Medical and sanitary report of the native army of Bengal for the year
Year: 1875
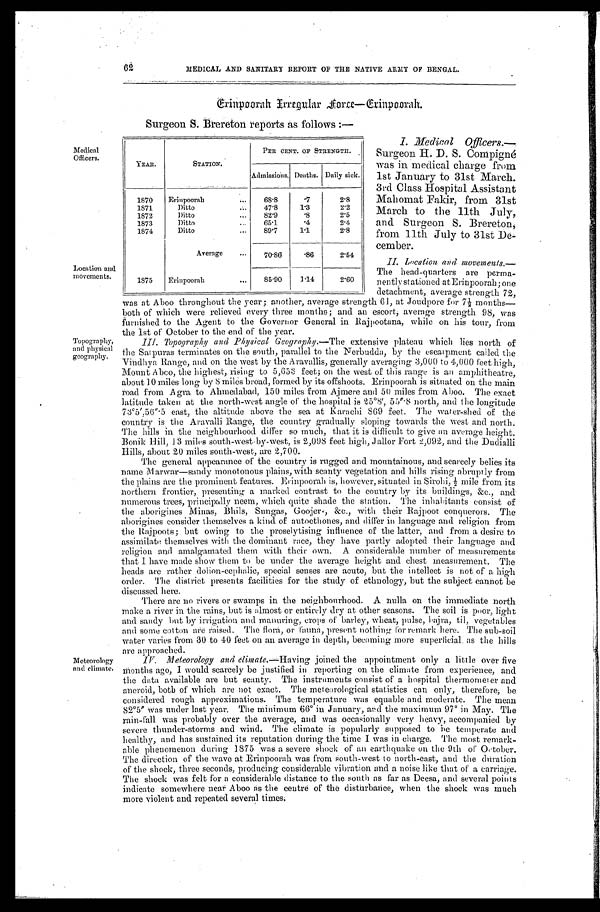
MEDICAL AND SANITARY REPORT OF THE NATIVE ARMY OF BENGAL.
Grinpoorah Irregular Force—Gri npoorah.
Surgeon S. Brereton reports as follows:—
Medical
Officers.
Location and
movements.
Topography,
and physical
geography.
Meteorology
and climate.
I. Medical Officers.—
Surgeon H. D. S. Compigné
was in medical charge from
1st January to 31st March.
3rd Class Hospital Assistant
Mahomat Fakir, from 31st
March to the llth July,
and Surgeon S. Brereton,
from 11th July to 31st De
-
cember.
II. Location and movements.—
The head-quarters are perma
-
nently stationed at Erinpoorah; one
detachment, average strength 72,
was at Aboo throughout the year; another, average strength 61, at Joudpore for 7½ months—
both of which were relieved every three months; and an escort, average strength 98, was
furnished to the Agent to the Governor General in Rajpootana, while on his tour, from
the 1st of October to the end of the year.
III. Topography and Physical Geography.— The extensive plateau which lies north of
the Satpuras terminates on the south, parallel to the Nerbudda, by the escarpment called the
Vihdhya. Range, and on the west by the Aravallis, generally averaging 3,000 to 4,000 feet high,
Mount Abco, the highest, rising to 5,653 feet; on the west of this range is an amphitheatre,
about 10 miles long by Smiles broad, formed by its offshoots. Erinpoorah is situated on the main
road from Agra to Ahmedabad, 150 miles from Ajmere and 50 miles from Aboo. The exact
latitude taken at the north-west angle of the hospital is 25°8', 55".8 north, and the longitude
7 . 3°5 ' , 5 6 " . 5 e a s t , t h e a l t i t u d e a b o v e t h e s e a a t K a r a c h i 8 6 9 f e e t . T h e w a t e r - s h e d o f t h e
country is the Aravaili Range, the country gradually sloping towards the west and north.
The hills in the neighbourhood differ so much, that it is difficult to give an average height.
Bonik Hill. 13 miles south-west-by-west, is 2,098 feet high, Jallor Fort 2,092, and the Dudialli
Hills, about 20 miles south-west, are 2,700.
The general appearance of the country is rugged and mountainous, and scarcely belies its
name Marwar—sandy monotonous plains, with scanty vegetation and hills rising abruptly from
the plains are the prominent features. Erinpoorah is, however, situated in Sirohi, ½ mile from its
northern frontier, presenting a marked contrast to the country by its buildings, &c., and.
numerous trees, principally neem, which quite shade the station. The inhabitants consist of
the aborigines Minas, Bhils, Sungas, Goojer, &c., with their Rajpoot conquerors. The
aborigines consider themselves a kind of autocthones, and differ in language and religion from
the Rajpoots;. belt owing to the proselytising influence of the latter, and from a desire to
assimilate themselves with the dominant race, they have partly adopted their language and
religion and amalgamated them with their own. A considerable number of measurements
that 1 have made show them to be under the average height and chest measurement. The
beads are rather dolion-cephalie, special senses are acute, but the intellect is not of a high
order. The district presents facilities for the study of ethnology, but the subject cannot be
discussed here.
There are no rivers or swamps in the neighbourhood. A nulla on the immediate north
make a river in the rains, but is almost or entirely dry at other seasons. The soil is poor, light
and sandy but by irrigation and manuring, crops of barley, wheat, pulse, bajra, til, vegetables
and some cotton are raised. The flora, or fauna, present nothing for remark here. The sub-soil
water varies from 30 to 40 feet on an average in depth, becoming more superficial. as the hills
are approached.
IV. Meteorology and Climate.—H a v i n g
j o i n e d t h e a p p o i n t m e n t o n l y a l i t t l e o v e r f i v e
months ago, I would scarcely be justified in reporting on the climate from experience, and
the data available are but scanty. The instruments consist of a hospital thermometer and
aneroid, both of which are not exact. The meteorological statistics can only, therefore; be
considered rough approximations. The temperature was equable and moderate. The mean
82°5" was under last year. The minimum 66° in January, and the maximum 97° in May. The
rain-fall was probably over the average, and was occasionally very heavy, accompanied by
severe thunder-storms and wind. The climate is popularly supposed to be temperate and
healthy, and has sustained its reputation during the time I was in charge. The most remark
-
able phenomenon during, 1875 was a severe shock of an earthquake on the 9th of October.
The direction of the wave at Erinpoorah was from south-west to north-east, and the duration
of the shock, three seconds, producing considerable vibration and a noise like that of a carriage,.
The shock was felt for a considerable distance to the south as far as Deesa, and several points
indicate somewhere neat Aboo as the centre of the disturbance, when the shock was much
more violent and repeated several times.
YEAR.
STATION.
PER CENT OF STRENGTH.
Admissions. Deaths. Daily sick.
1870
Erinpoorah . . .
68.8
. 7
2.8
1871
Ditto . . .
47.8
1.3
2.2
1872
Ditto . . .
82'9
. 8
2.5
1873
Ditto
65.1
. 4
2.4
1874
Ditto . . .
89.1
1.1
2.8
Average
. . .
70.86
. 8 6
2.54
1875
Erinpoorah
. . .
85.90
1.14
2.60